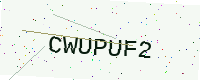
Text: CWUPUF2